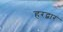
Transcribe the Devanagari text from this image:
हरद्वार